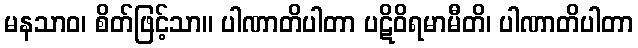
မနသာဝ၊ စိတ်ဖြင့်သာ။ ပါဏာတိပါတာ ပဋိဝိရမာမီတိ၊ ပါဏာတိပါတာ